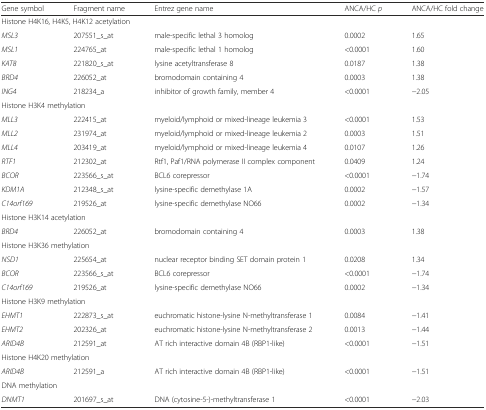
<table><thead><tr><td><b>Gene symbol</b></td><td><b>Fragment name</b></td><td><b>Entrez gene name</b></td><td><b>ANCA/HC <i>p</i></b></td><td><b>ANCA/HC fold change</b></td></tr></thead><tbody><tr><td colspan="5">Histone H4K16, H4K5, H4K12 acetylation</td></tr><tr><td><i>MSL3</i></td><td>207551_s_at</td><td>male-specific lethal 3 homolog</td><td>0.0002</td><td>1.65</td></tr><tr><td><i>MSL1</i></td><td>224765_at</td><td>male-specific lethal 1 homolog</td><td>&lt;0.0001</td><td>1.60</td></tr><tr><td><i>KAT8</i></td><td>221820_s_at</td><td>lysine acetyltransferase 8</td><td>0.0187</td><td>1.38</td></tr><tr><td><i>BRD4</i></td><td>226052_at</td><td>bromodomain containing 4</td><td>0.0003</td><td>1.38</td></tr><tr><td><i>ING4</i></td><td>218234_a</td><td>inhibitor of growth family, member 4</td><td>&lt;0.0001</td><td>−2.05</td></tr><tr><td colspan="5">Histone H3K4 methylation</td></tr><tr><td><i>MLL3</i></td><td>222415_at</td><td>myeloid/lymphoid or mixed-lineage leukemia 3</td><td>&lt;0.0001</td><td>1.53</td></tr><tr><td><i>MLL2</i></td><td>231974_at</td><td>myeloid/lymphoid or mixed-lineage leukemia 2</td><td>0.0003</td><td>1.51</td></tr><tr><td><i>MLL4</i></td><td>203419_at</td><td>myeloid/lymphoid or mixed-lineage leukemia 4</td><td>0.0107</td><td>1.26</td></tr><tr><td><i>RTF1</i></td><td>212302_at</td><td>Rtf1, Paf1/RNA polymerase II complex component</td><td>0.0409</td><td>1.24</td></tr><tr><td><i>BCOR</i></td><td>223566_s_at</td><td>BCL6 corepressor</td><td>&lt;0.0001</td><td>−1.74</td></tr><tr><td><i>KDM1A</i></td><td>212348_s_at</td><td>lysine-specific demethylase 1A</td><td>0.0002</td><td>−1.57</td></tr><tr><td><i>C14orf169</i></td><td>219526_at</td><td>lysine-specific demethylase NO66</td><td>0.0002</td><td>−1.34</td></tr><tr><td colspan="5">Histone H3K14 acetylation</td></tr><tr><td><i>BRD4</i></td><td>226052_at</td><td>bromodomain containing 4</td><td>0.0003</td><td>1.38</td></tr><tr><td colspan="5">Histone H3K36 methylation</td></tr><tr><td><i>NSD1</i></td><td>225654_at</td><td>nuclear receptor binding SET domain protein 1</td><td>0.0208</td><td>1.34</td></tr><tr><td><i>BCOR</i></td><td>223566_s_at</td><td>BCL6 corepressor</td><td>&lt;0.0001</td><td>−1.74</td></tr><tr><td><i>C14orf169</i></td><td>219526_at</td><td>lysine-specific demethylase NO66</td><td>0.0002</td><td>−1.34</td></tr><tr><td colspan="5">Histone H3K9 methylation</td></tr><tr><td><i>EHMT1</i></td><td>222873_s_at</td><td>euchromatic histone-lysine N-methyltransferase 1</td><td>0.0084</td><td>−1.41</td></tr><tr><td><i>EHMT2</i></td><td>202326_at</td><td>euchromatic histone-lysine N-methyltransferase 2</td><td>0.0013</td><td>−1.44</td></tr><tr><td><i>ARID4B</i></td><td>212591_at</td><td>AT rich interactive domain 4B (RBP1-like)</td><td>&lt;0.0001</td><td>−1.51</td></tr><tr><td colspan="5">Histone H4K20 methylation</td></tr><tr><td><i>ARID4B</i></td><td>212591_a</td><td>AT rich interactive domain 4B (RBP1-like)</td><td>&lt;0.0001</td><td>−1.51</td></tr><tr><td colspan="5">DNA methylation</td></tr><tr><td><i>DNMT1</i></td><td>201697_s_at</td><td>DNA (cytosine-5-)-methyltransferase 1</td><td>&lt;0.0001</td><td>−2.03</td></tr></tbody></table>